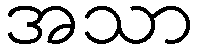
အသာ